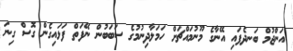
އަންޖުމް ބަނދެފައި އޭނާގެ މޫނުމައްޗަށް ހަމަލާދިނުމުގެ ސަބަބުން ނޭފަތް ފަޅައިގެން ގޮސް ގިނަ